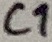
Text: C1